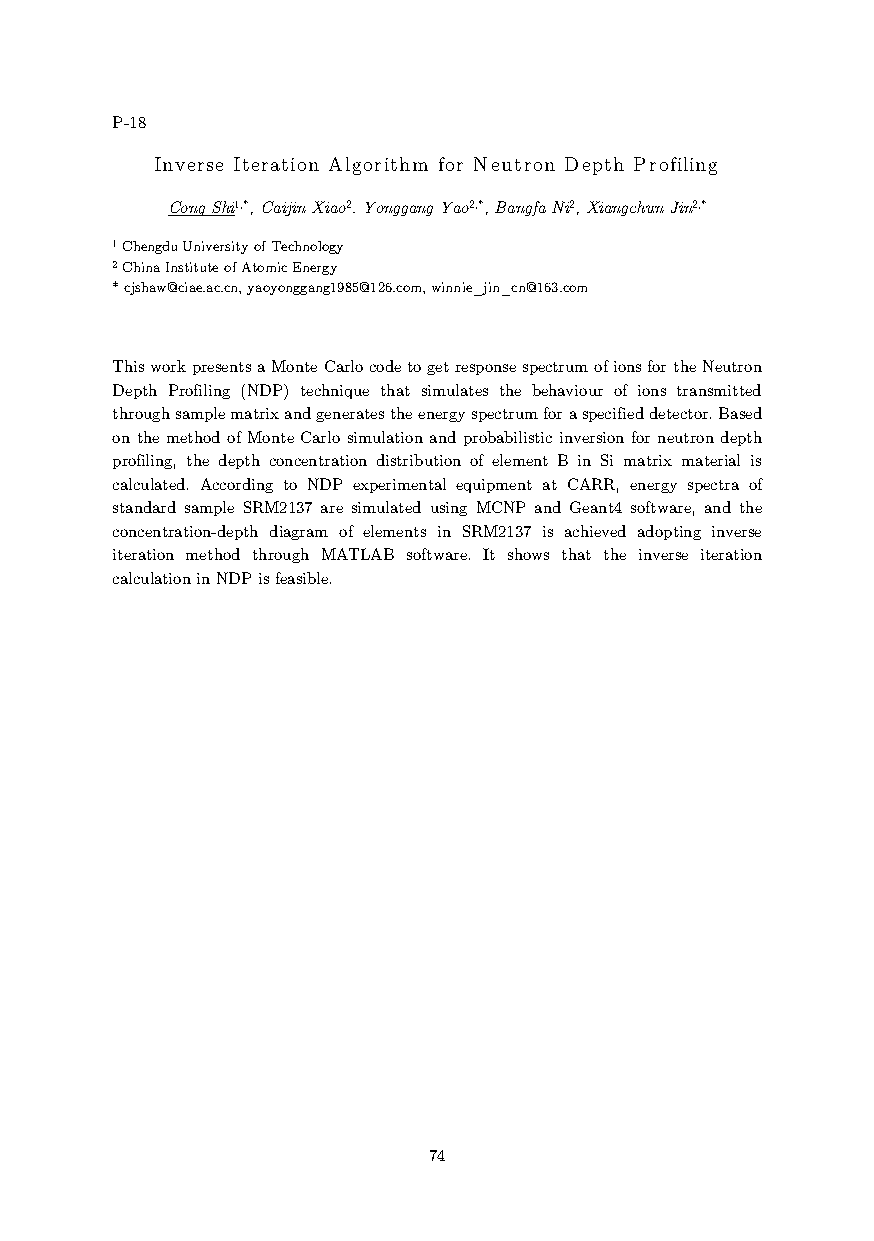
P-18
 Inverse Iteration Algorithm for Neutron Depth Profiling
 Cong Shi1,*, Caijin Xiao2. Yonggang Yao2,*, Bangfa Ni2, Xiangchun Jin2,*
 1 Chengdu University of Technology
 2 China Institute of Atomic Energy
 * cjshaw@ciae.ac.cn, yaoyonggang1985@126.com, winnie_jin_cn@163.com
 This work presents a Monte Carlo code to get response spectrum of ions for the Neutron
 Depth Profiling (NDP) technique that simulates the behaviour of ions transmitted
 through sample matrix and generates the energy spectrum for a specified detector. Based
 on the method of Monte Carlo simulation and probabilistic inversion for neutron depth
 profiling, the depth concentration distribution of element B in Si matrix material is
 calculated. According to NDP experimental equipment at CARR, energy spectra of
 standard sample SRM2137 are simulated using MCNP and Geant4 software, and the
 concentration-depth diagram of elements in SRM2137 is achieved adopting inverse
 iteration method through MATLAB software. It shows that the inverse iteration
 calculation in NDP is feasible.
 74